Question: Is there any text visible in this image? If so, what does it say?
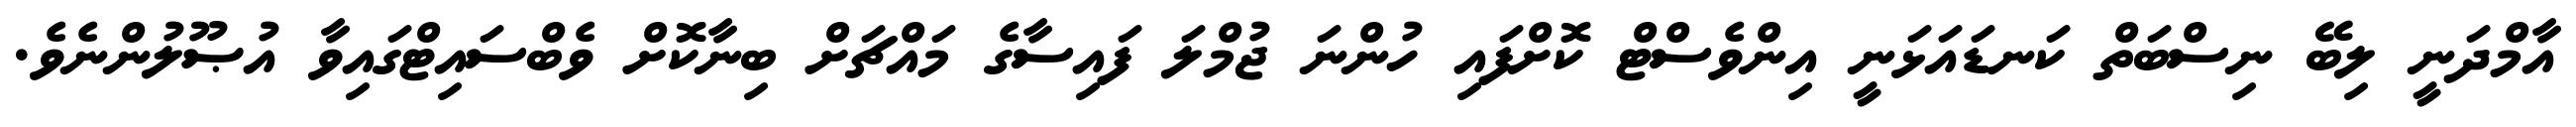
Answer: އާމްދަނީ ލިބޭ ނިސްބަތް ކަނޑައަޅަނީ އިންވެސްޓް ކޮށްފައި ހުންނަ ޖުމްލަ ފައިސާގެ މައްޗަށް ބިނާކޮށް ވެބްސައިޓްގައިވާ އުޞޫލުންނެވެ.